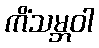
ကိံသမ္ဘဝါ